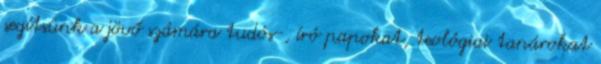
segítsünk a jövő számára tudós-, író papokat, teológiai tanárokat